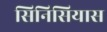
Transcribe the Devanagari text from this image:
सिनिसियास